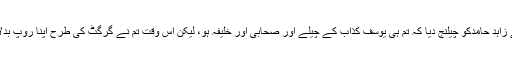
انہوں نے زاہد حامدکو چیلنج دیا کہ تم ہی یوسف کذاب کے چیلے اور صحابی اور خلیفہ ہو، لیکن اس وقت تم نے گرگٹ کی طرح اپنا روپ بدلا ہوا ہے۔